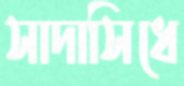
সাদাসিধে